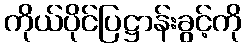
ကိုယ်ပိုင်ပြဋ္ဌာန်းခွင့်ကို